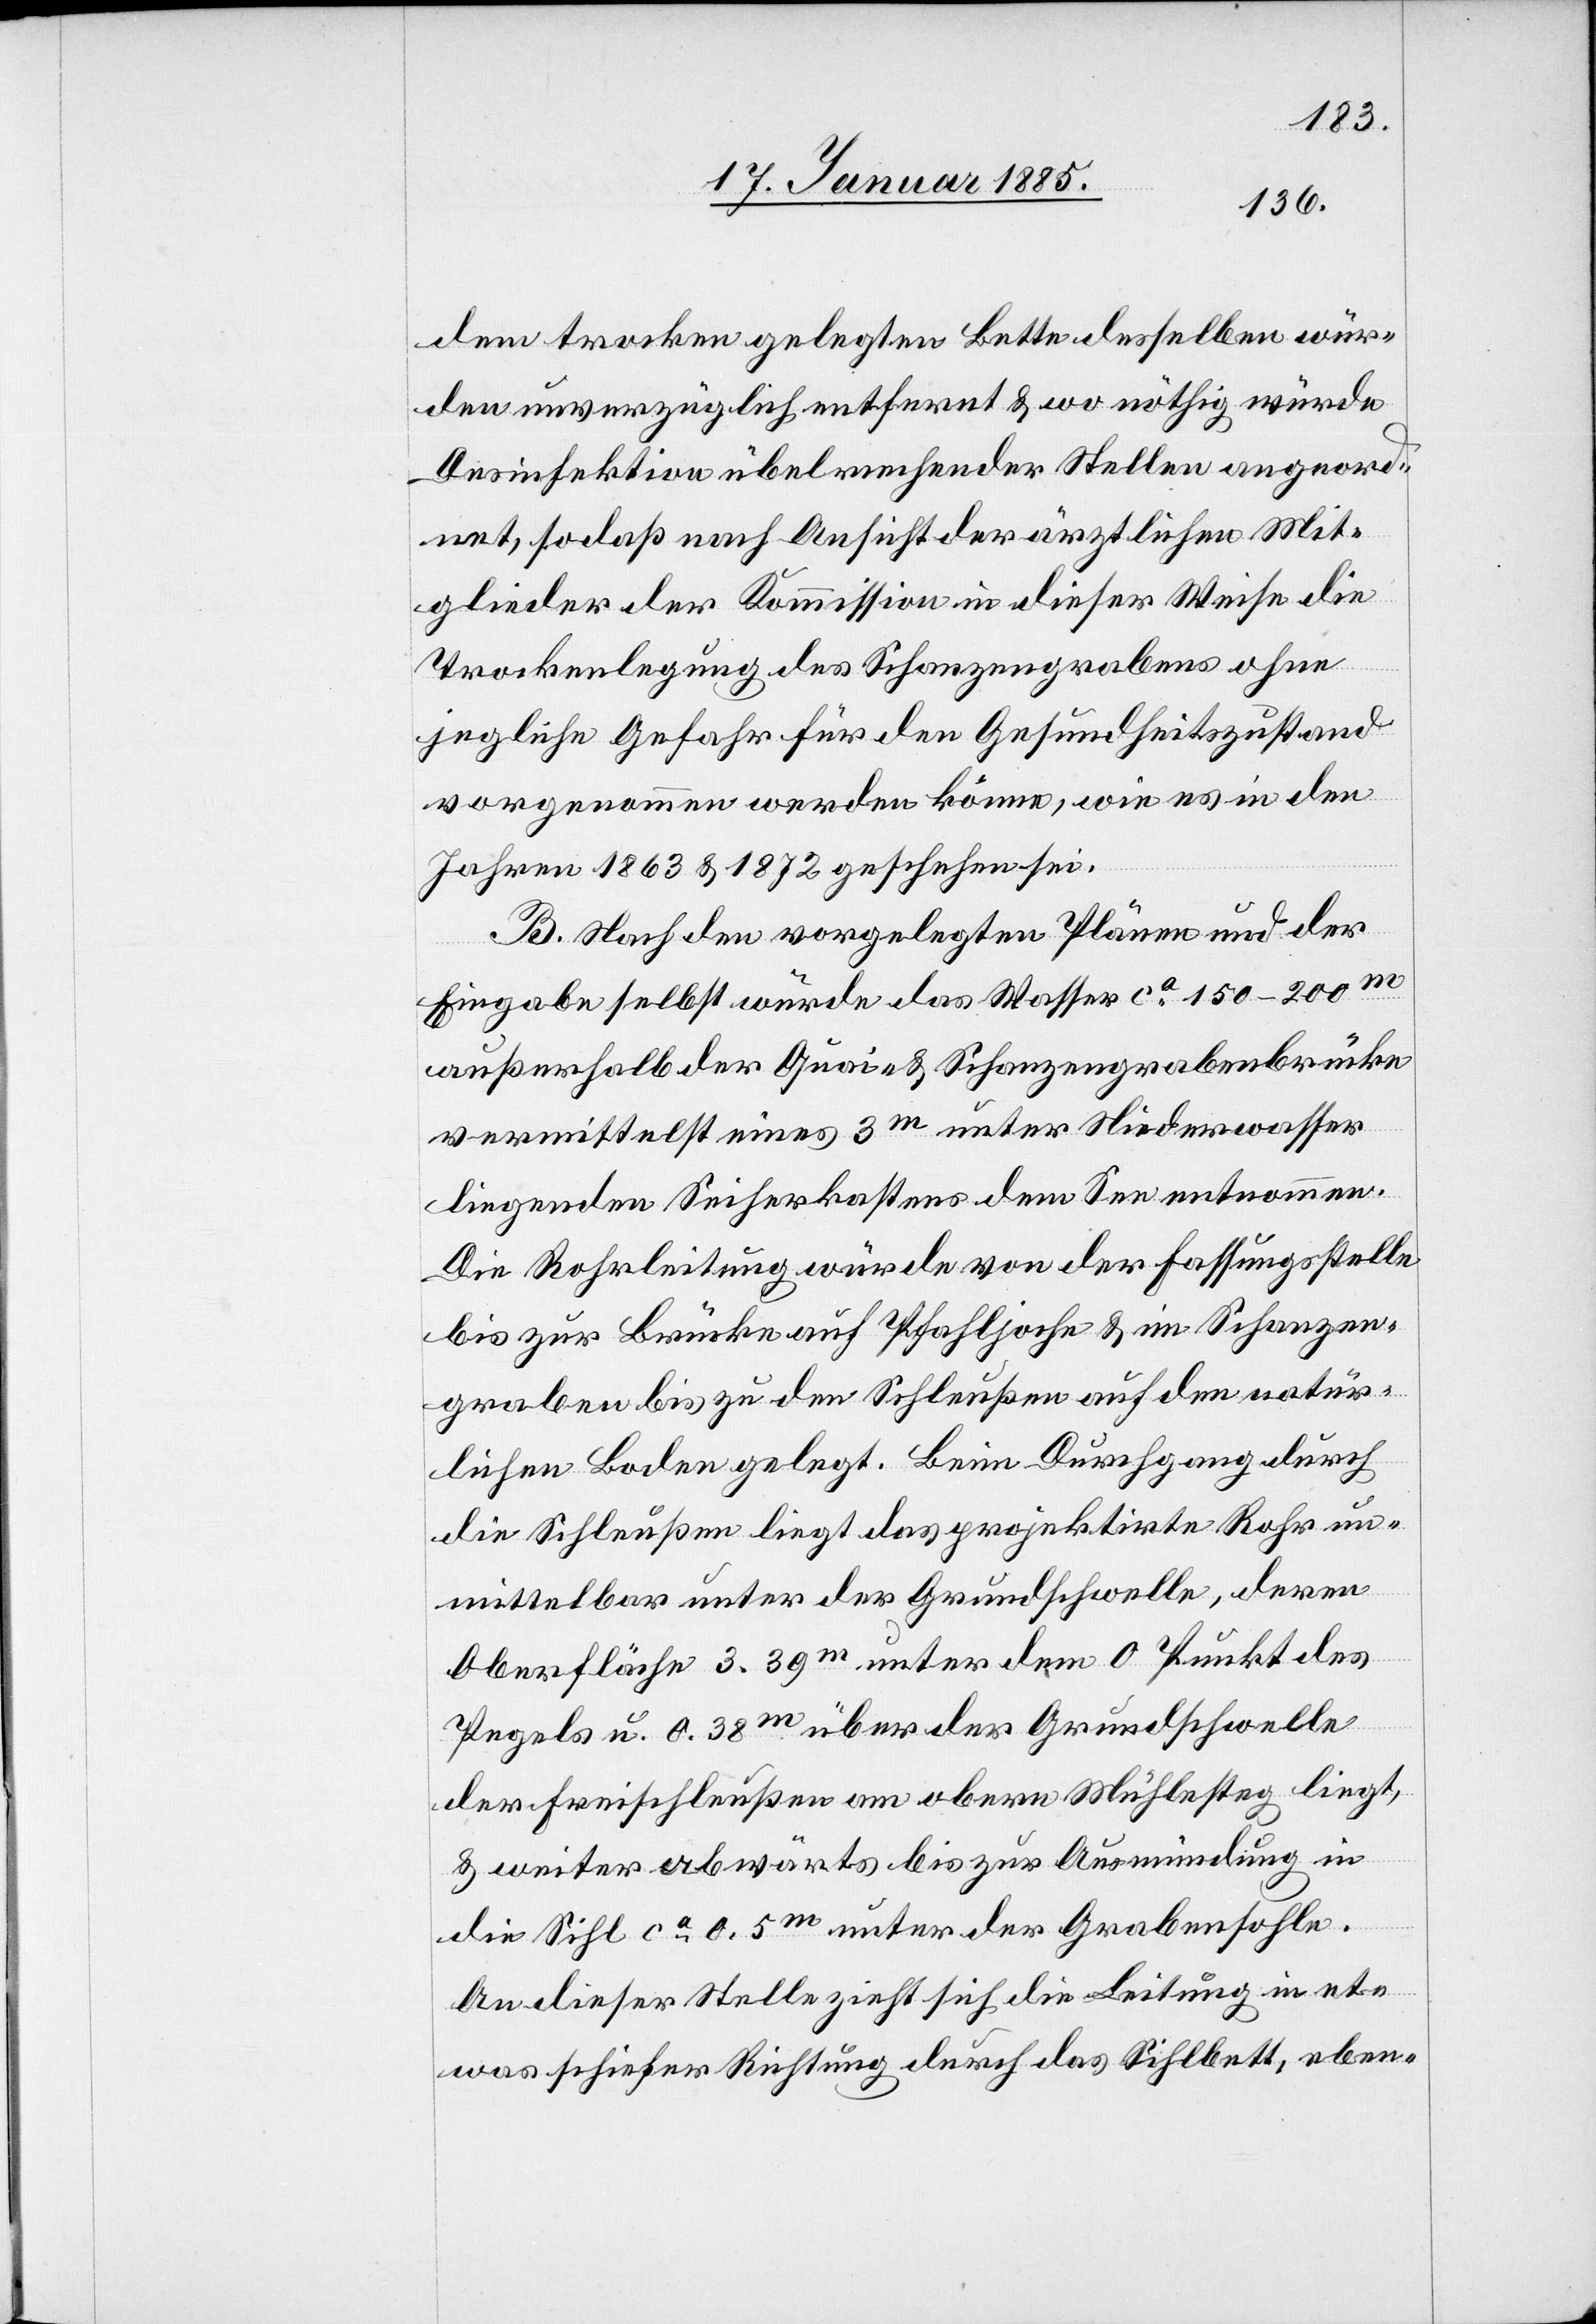
dem trocken gelegten Bette desselben wür¬
den unverzüglich entfernt & wo nöthig würde
Desinfektion übelriechender Stellen angeord¬
net, sodaß nach Ansicht der ärztlichen Mit¬
glieder der Kommission in dieser Weise die
Trockenlegung des Schanzengrabens ohne
jegliche Gefahr für den Gesundheitszustand
vorgenommen werden könne, wie es in den
Jahren 1863 & 1872 geschehen sei.
B. Nach den vorgelegten Plänen und der
Eingabe selbst würde das Wasser ca 150–200 m
außerhalb der Quai- & Schanzengrabenbrücke
vermittelst eines 3 m unter Niederwasser
liegenden Seiherkastens dem See entnommen.
Die Rohrleitung würde von der Fassungsstelle
bis zur Brücke auf Pfahljoche & im Schanzen¬
graben bis zu den Schleußen auf den natür¬
lichen Boden gelegt. Beim Durchgang durch
die Schleußen liegt das projektirte Rohr un¬
mittelbar unter der Grundschwelle, deren
der
der Freischlueße am obern Mühlesteg liegt,
& weiter abwärts bis zur Ausmündung in
die Sihl ca 0,5 m unter der Grabensohle.
An dieser Stelle zieht sich die Leitung in et¬
was schiefer Richtung durch das Sihlbett, eben-